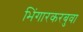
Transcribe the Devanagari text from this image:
भिंगारकरबुवा